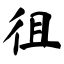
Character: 徂